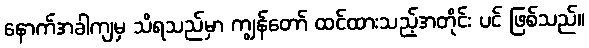
နောက်အခါကျမှ သိရသည်မှာ ကျွန်တော် ထင်ထားသည့်အတိုင်း ပင် ဖြစ်သည်။